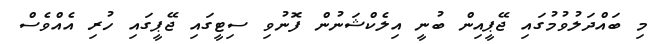
މި ބައްދަލުވުމުގައި ޖޭޕީއިން ބުނީ އިލެކްޝަނުން ފޮނުވި ސިޓީގައި ޖޭޕީގައި ހުރި އެއްވެސް